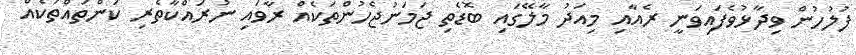
ފުލުހުން ވިދާޅުވެފައިވަނީ ރެއާއި މިއަދު މާލޭގައި ބޮޑެތި ޖަމަނުޖެހުންތަކެއް ރާވައި ނުރައްކާތެރި ކަންތައްތަކެއް